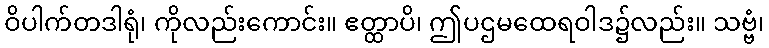
ဝိပါက်တဒါရုံ၊ ကိုလည်းကောင်း။ ဧတ္ထာပိ၊ ဤပဌမထေရဝါဒ၌လည်း။ သဗ္ဗံ၊